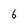
Character: 6